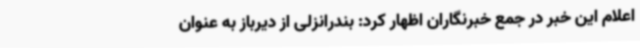
اعلام این خبر در جمع خبرنگاران اظهار کرد: بندرانزلی از دیرباز به عنوان